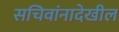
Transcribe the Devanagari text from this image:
सचिवांनादेखील